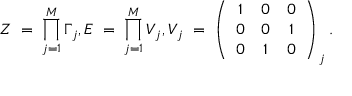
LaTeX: Z \; = \; \prod _ { j = 1 } ^ { M } \Gamma _ { \, j } , E \; = \; \prod _ { j = 1 } ^ { M } V _ { \, j } , V _ { \, j } \; = \; \left( \begin{array} { c c c } { { 1 } } & { { 0 } } & { { 0 } } \\ { { 0 } } & { { 0 } } & { { 1 } } \\ { { 0 } } & { { 1 } } & { { 0 } } \end{array} \right) _ { \, j } .